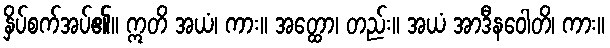
နှိပ်စက်အပ်၏။ ဣတိ အယံ၊ ကား။ အတ္ထော၊ တည်း။ အယံ အာဒီနဝေါတိ၊ ကား။